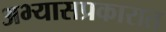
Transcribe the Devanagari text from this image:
अभ्यासप्रकारात